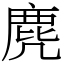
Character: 麂